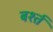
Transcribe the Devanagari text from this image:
बर्श्त